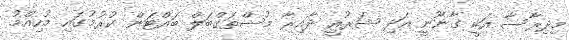
މިދިރާސާ އަކީ ގާނޫނީ އަދި ޝަރުއީ ދާއިރާ މުސްތަގްބަލް ބައްޓަން ކުރުމުގައި މުހިއްމު